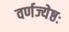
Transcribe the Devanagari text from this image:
वर्णज्येष्ठः